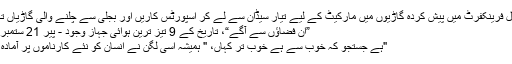
رواں سال فرینکفرٹ میں پیش کردہ گاڑیوں میں مارکیٹ کے لیے تیار سیڈان سے لے کر اسپورٹس کاریں اور بجلی سے چلنے والی گاڑیاں تک شا...
”ان فضاؤں سے آگے“، تاریخ کے 9 تیز ترین ہوائی جہاز وجود - پیر 21 ستمبر 2015
"ہے جستجو کہ خوب سے ہے خوب تر کہاں، " ہمیشہ اسی لگن نے انسان کو نئے کارناموں پر آمادہ کیا ہے۔